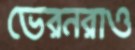
ভেরনরাও